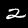
Digit: 2